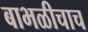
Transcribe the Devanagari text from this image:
बाभळीचाच